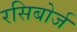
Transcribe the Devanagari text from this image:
रसिबोर्ज